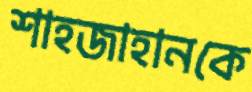
শাহজাহানকে